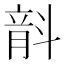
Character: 𣂅